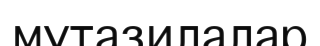
мутазилалар